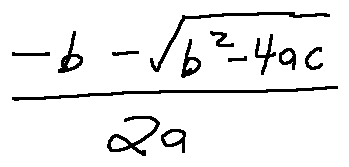
\frac { - b - \sqrt { b ^ { 2 } - 4 a c } } { 2 a }